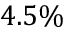
4 . 5 \%